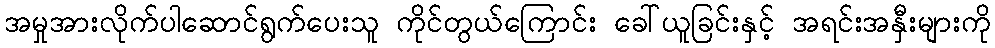
အမှုအားလိုက်ပါဆောင်ရွက်ပေးသူ ကိုင်တွယ်ကြောင်း ခေါ်ယူခြင်းနှင့် အရင်းအနှီးများကို